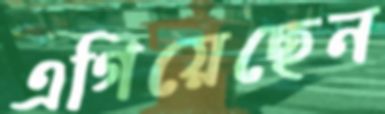
এগিয়েছেন